DOW-UAP-D20, Mission Report, Southern United States, 2020
Agency: Department of War
Incident date: 3/31/23
Incident location: Iraq
Page 4
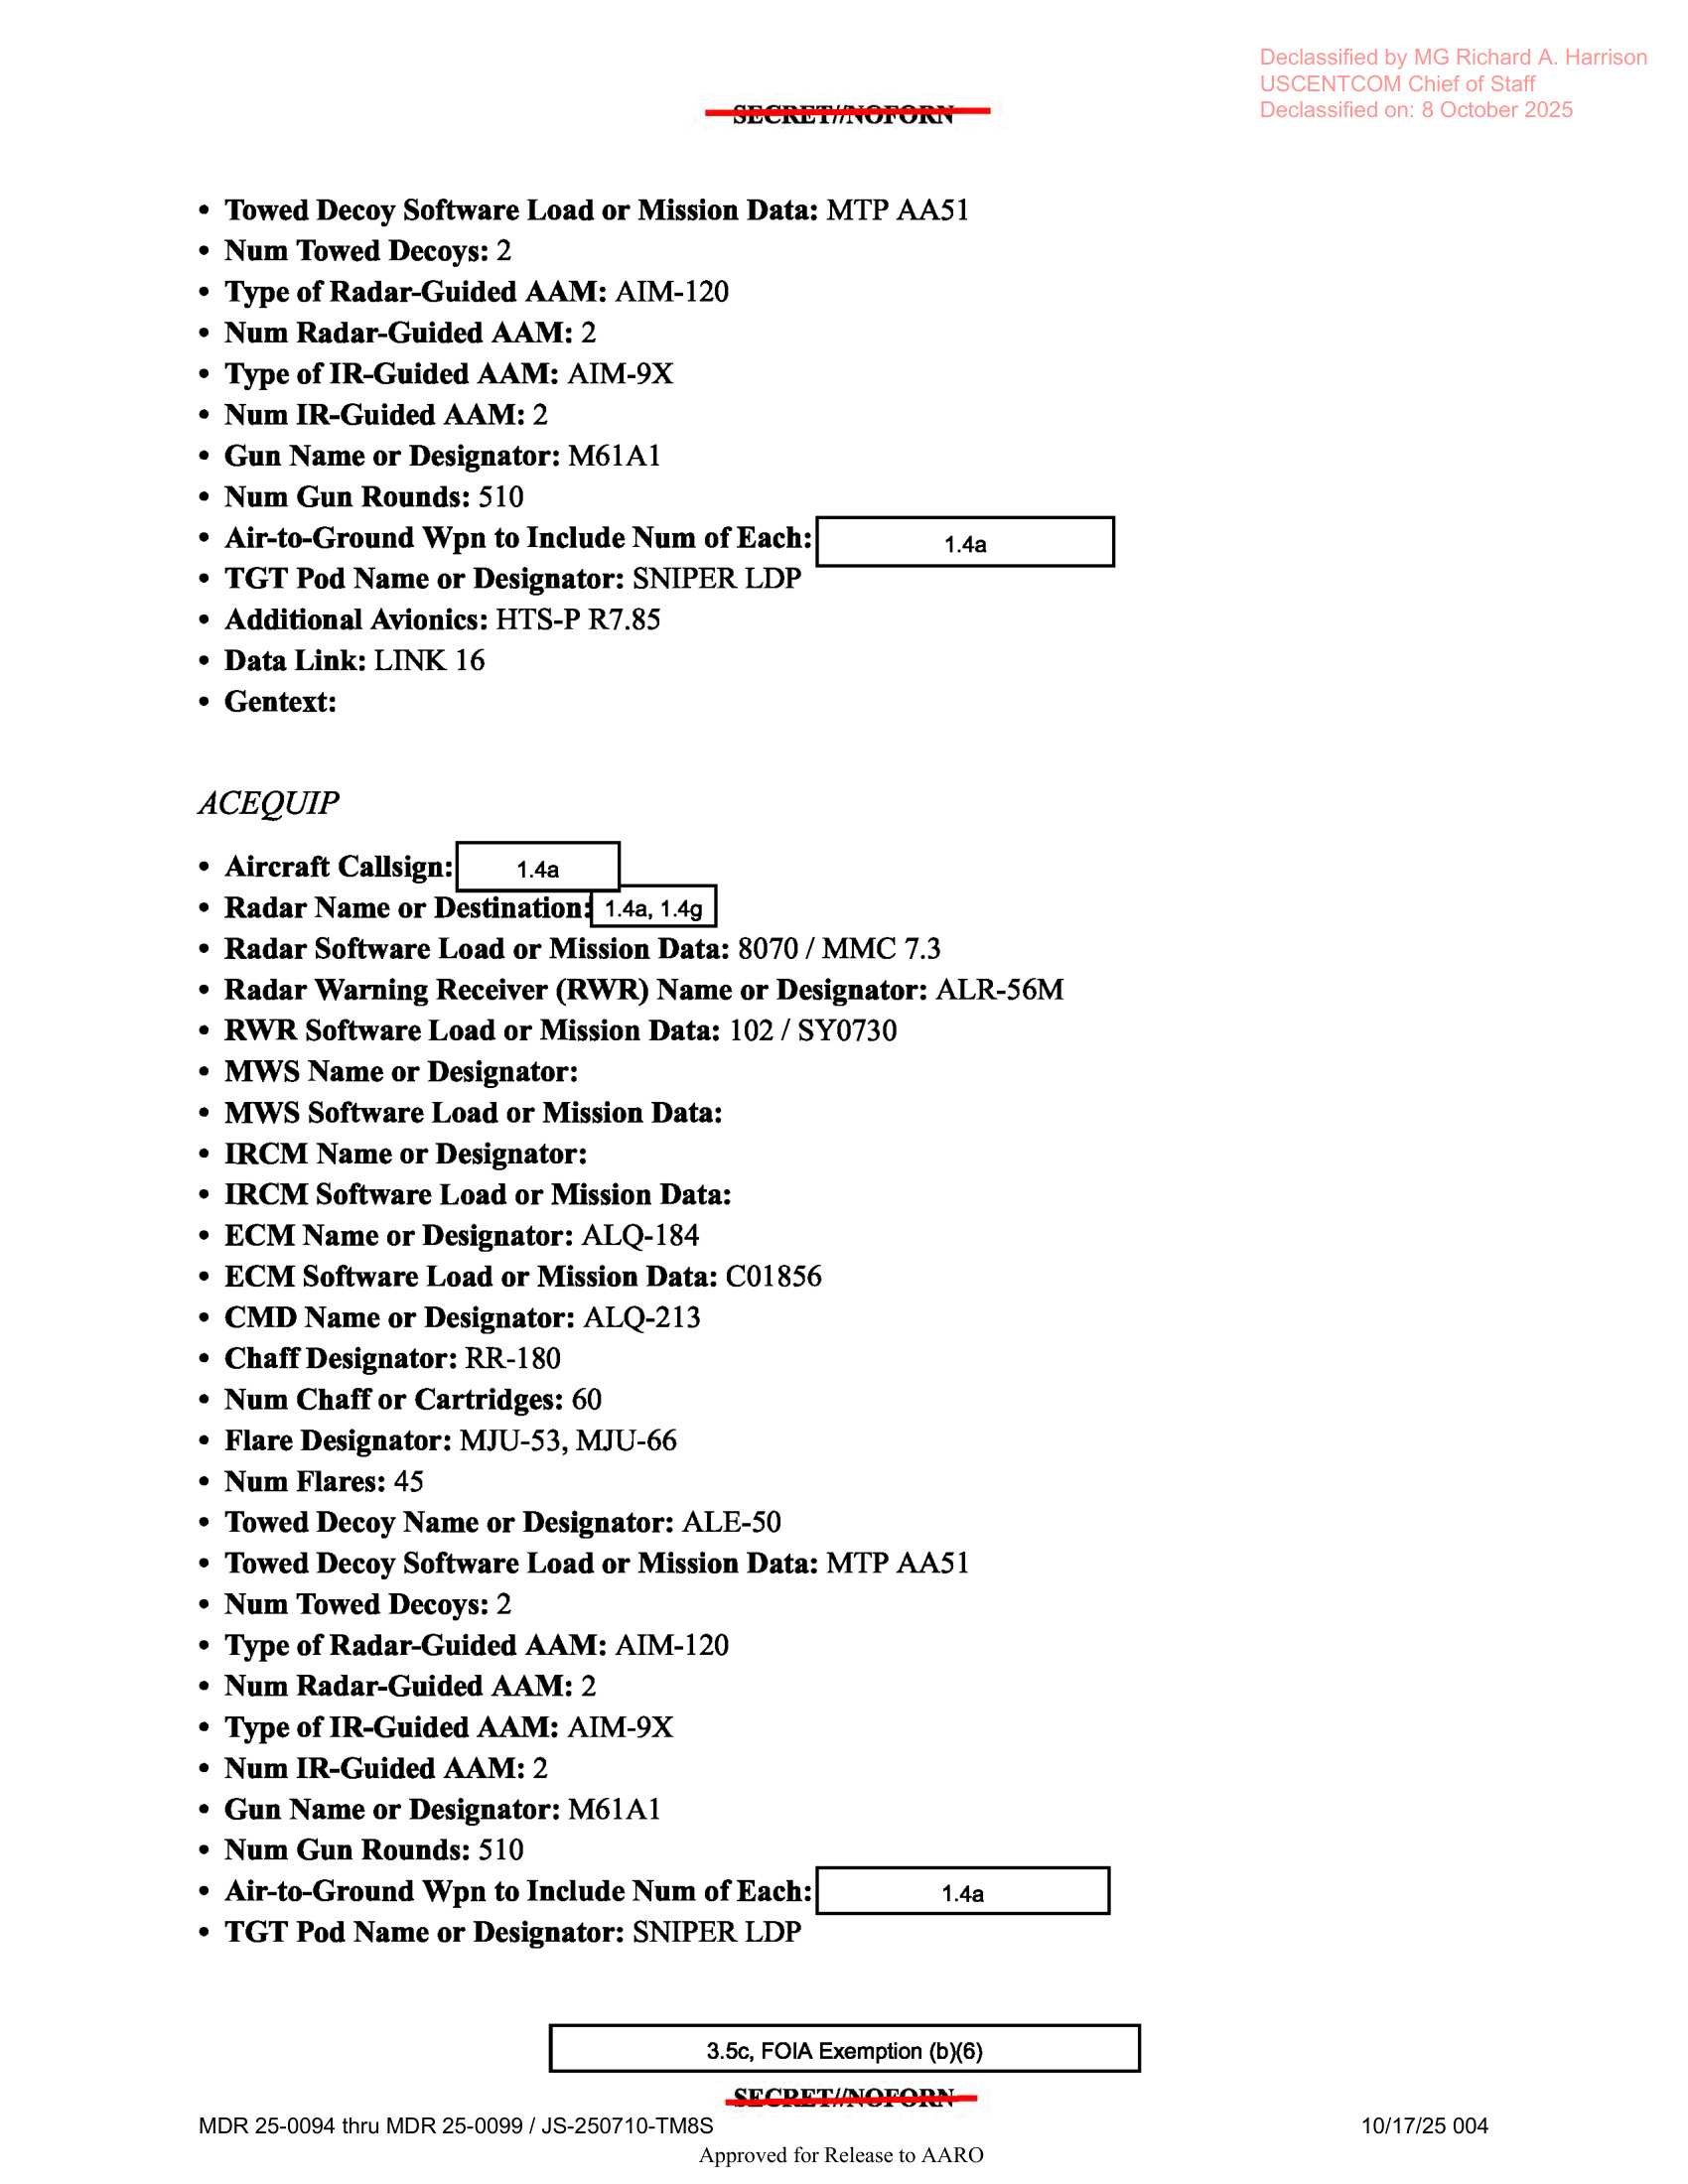